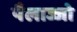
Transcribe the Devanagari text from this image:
पैलाज्जो